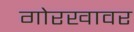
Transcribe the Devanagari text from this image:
गोरखावर